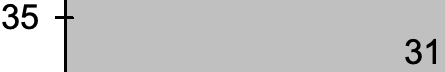
35 31